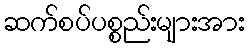
ဆက်စပ်ပစ္စည်းများအား